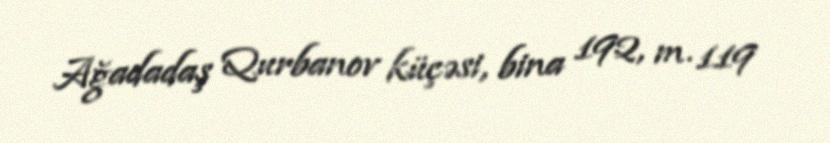
Ağadadaş Qurbanov küçəsi, bina 192, m. 119